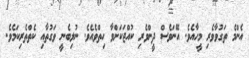
އެންމެ ތަގުވާވެރި މީހާއެވެ. އޭނަވެސް ދީންވެރި ކުއްޖަކަށްވާ ހިތްވެއެވެ. ނުލިބެނީ ވަގުތާއި ކެތްތެރިކަމެވެ.